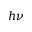
h \nu